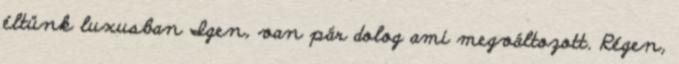
éltünk luxusban Igen, van pár dolog ami megváltozott. Régen,